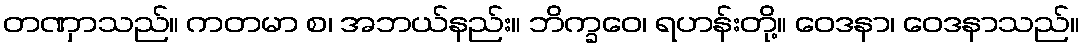
တဏှာသည်။ ကတမာ စ၊ အဘယ်နည်း။ ဘိက္ခဝေ၊ ရဟန်းတို့။ ဝေဒနာ၊ ဝေဒနာသည်။